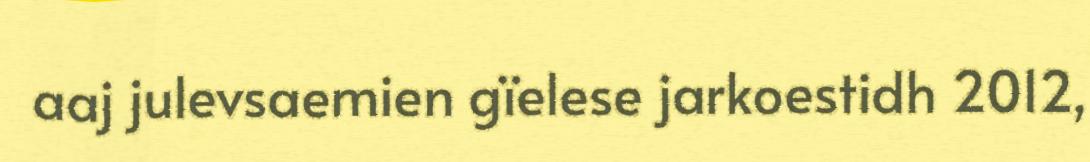
aaj julevsaemien gïelese jarkoestidh 2012,